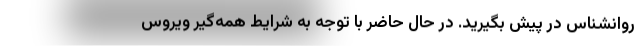
روانشناس در پیش بگیرید. در حال حاضر با توجه به شرایط همه‌گیر ویروس